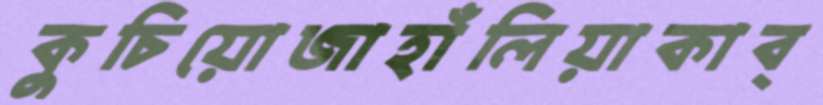
কুচিয়োজাহাঁলিয়াকাব্